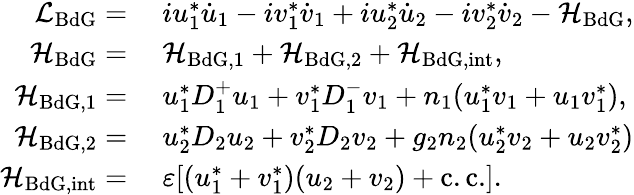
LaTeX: \begin{array}{rl}{\mathcal{L}_{\mathrm{BdG}}=}&{\ iu_{1}^{*}\dot{u}_{1}-iv_{1}^{*}\dot{v}_{1}+iu_{2}^{*}\dot{u}_{2}-iv_{2}^{*}\dot{v}_{2}-\mathcal{H}_{\mathrm{BdG}},}\\ {\mathcal{H}_{\mathrm{BdG}}=}&{\ \mathcal{H}_{\mathrm{BdG},1}+\mathcal{H}_{\mathrm{BdG},2}+\mathcal{H}_{\mathrm{BdG,int}},}\\ {\mathcal{H}_{\mathrm{BdG},1}=}&{\ u_{1}^{*}D_{1}^{+}u_{1}+v_{1}^{*}D_{1}^{-}v_{1}+n_{1}(u_{1}^{*}v_{1}+u_{1}v_{1}^{*}),}\\ {\mathcal{H}_{\mathrm{BdG},2}=}&{\ u_{2}^{*}D_{2}u_{2}+v_{2}^{*}D_{2}v_{2}+g_{2}n_{2}(u_{2}^{*}v_{2}+u_{2}v_{2}^{*})}\\ {\mathcal{H}_{\mathrm{BdG,int}}=}&{\ \varepsilon[(u_{1}^{*}+v_{1}^{*})(u_{2}+v_{2})+\mathrm{c.c.}].}\end{array}